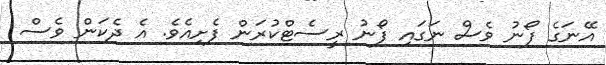
އޭނަގެ ފޯނު ވެސް ނަގައި ފޯނު ރީސެޓްކުރަން ފެށިއެވެ. އެ ދެކަން ވެސް